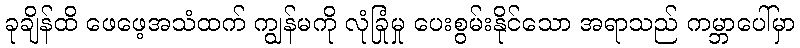
ခုချိန်ထိ ဖေဖေ့အသံထက် ကျွန်မကို လုံခြုံမှု ပေးစွမ်းနိုင်သော အရာသည် ကမ္ဘာပေါ်မှာ